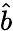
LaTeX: \hat{b}